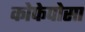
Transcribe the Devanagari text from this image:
कोफेपोसा